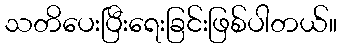
သတိပေးပြီးရေးခြင်းဖြစ်ပါတယ်။